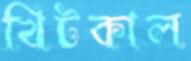
খিটকাল